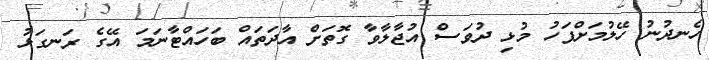
ހެނދުނު ހޭލުމަށްފަހު މުޅި ދުވަސް އުޖާލާވާ ގޮތަށް އާދަތައް ބަހައްޓާނަމަ އޭގެ ރަނގަޅު